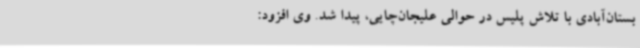
بستان‌آبادی با تلاش پلیس در حوالی علیجان‌چایی، پیدا شد. وی افزود: